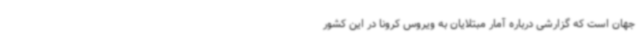
جهان است که گزارشی درباره آمار مبتلایان به ویروس کرونا در این کشور